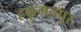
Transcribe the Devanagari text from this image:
हकूमतपुर